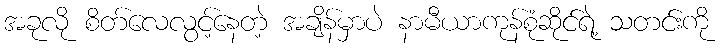
အခုလို စိတ်လေလွင့်နေတဲ့ အချိန်မှာပဲ နာမီယာကုန်စုံဆိုင်ရဲ့ သတင်းကို